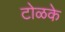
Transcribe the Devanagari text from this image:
टोळके